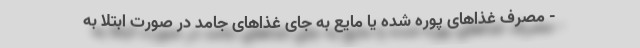
- مصرف غذاهای پوره شده یا مایع به جای غذاهای جامد در صورت ابتلا به